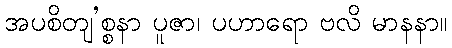
အပစိတျ’စ္စနာ ပူဇာ၊ ပဟာရော ဗလိ မာနနာ။